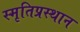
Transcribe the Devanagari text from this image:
स्मृतिप्रस्थान